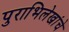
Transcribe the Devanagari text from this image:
पुराभिलेखांचे